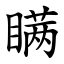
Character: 瞒